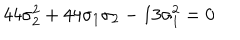
LaTeX: 4 4 \sigma _ { 2 } ^ { 2 } + 4 4 \sigma _ { 1 } \sigma _ { 2 } - 1 3 \sigma _ { 1 } ^ { 2 } = 0